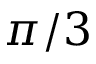
\pi / 3